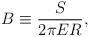
\begin{align*}B \equiv {S \over 2 \pi E R}, \end{align*}